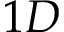
1 D